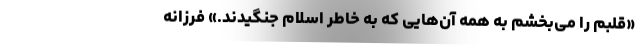
«قلبم را می‌بخشم به همه آن‌هایی که به‌ خاطر اسلام جنگیدند.» فرزانه